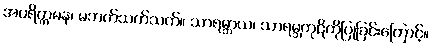
အပရိက္ကမန၊ မဘက်သက်သက်။ သာရမ္ဘာယ၊ သာရမ္ဘကုဋိကိုပြုခြင်းကြောင့်။